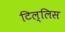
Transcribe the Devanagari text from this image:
टिल्लिस